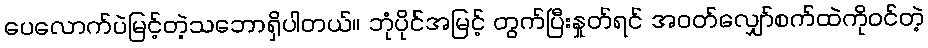
ပေလောက်ပဲမြင့်တဲ့သဘောရှိပါတယ်။ ဘုံပိုင်အမြင့် တွက်ပြီးနှုတ်ရင် အဝတ်လျှော်စက်ထဲကိုဝင်တဲ့